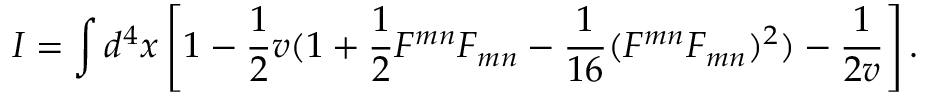
I = \int d ^ { 4 } x \left[ 1 - \frac { 1 } { 2 } v ( 1 + \frac { 1 } { 2 } F ^ { m n } F _ { m n } - \frac { 1 } { 1 6 } ( { \cal { F } } ^ { m n } F _ { m n } ) ^ { 2 } ) - \frac { 1 } { 2 v } \right] .